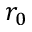
r _ { 0 }